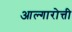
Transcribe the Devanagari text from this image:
आल्गारोत्ती